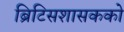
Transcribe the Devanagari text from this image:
ब्रिटिसशासकको